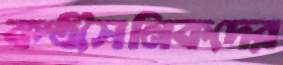
কণ্ঠসৈনিকদের